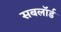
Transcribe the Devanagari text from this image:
सबलॉर्ड